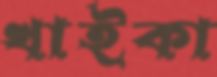
খাইকা